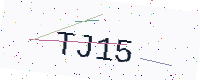
Text: TJ15